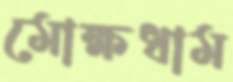
মোক্ষধাম